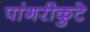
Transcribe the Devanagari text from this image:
पांगरीकुटे